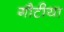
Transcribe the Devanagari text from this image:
गौटीया